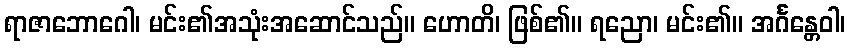
ရာဇာဘောဂေါ၊ မင်း၏အသုံးအဆောင်သည်။ ဟောတိ၊ ဖြစ်၏။ ရညော၊ မင်း၏။ အင်္ဂန္တေဝါ၊